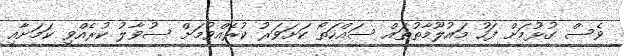
ވެސް ގުޅުމަށް ފަހު މައުލޫމާތުތައް ސައްހަތޯ ކަށަވަރު ކުރެއްވުމަށް ސުވާލު ކުރެއްވި ކަމަށާއި